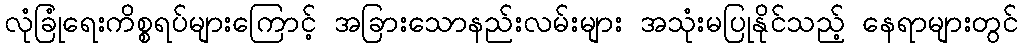
လုံခြုံရေးကိစ္စရပ်များကြောင့် အခြားသောနည်းလမ်းများ အသုံးမပြုနိုင်သည့် နေရာများတွင်